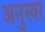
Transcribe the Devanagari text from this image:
अनुस्वर